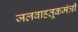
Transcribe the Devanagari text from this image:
जलवाहतूकमंत्री